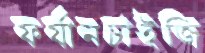
ফর্যানচাইজি